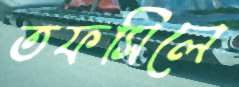
তফসিলে